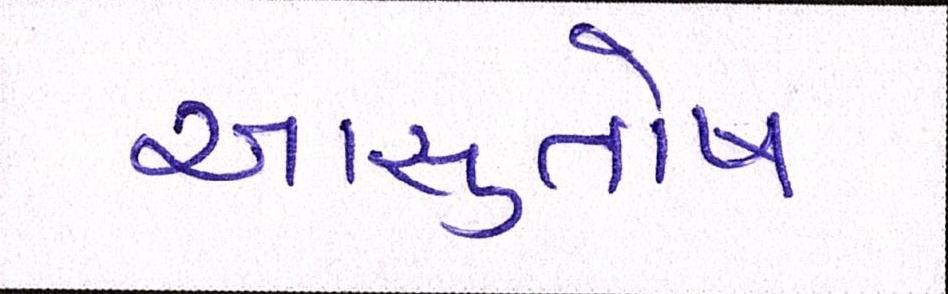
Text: આસુતોષ